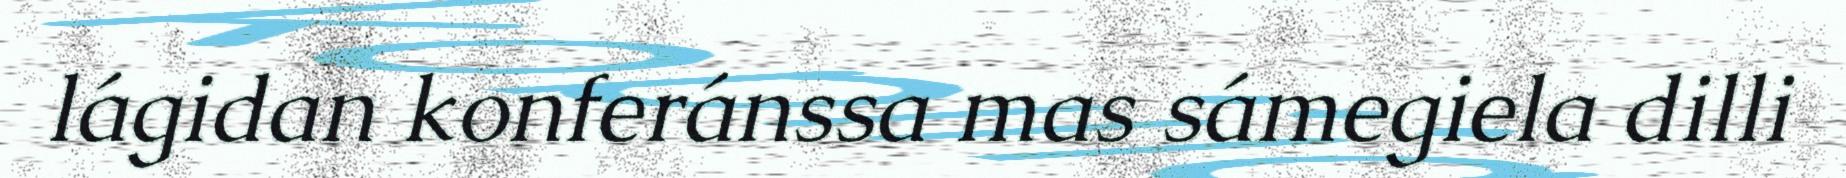
lágidan konferánssa mas sámegiela dilli